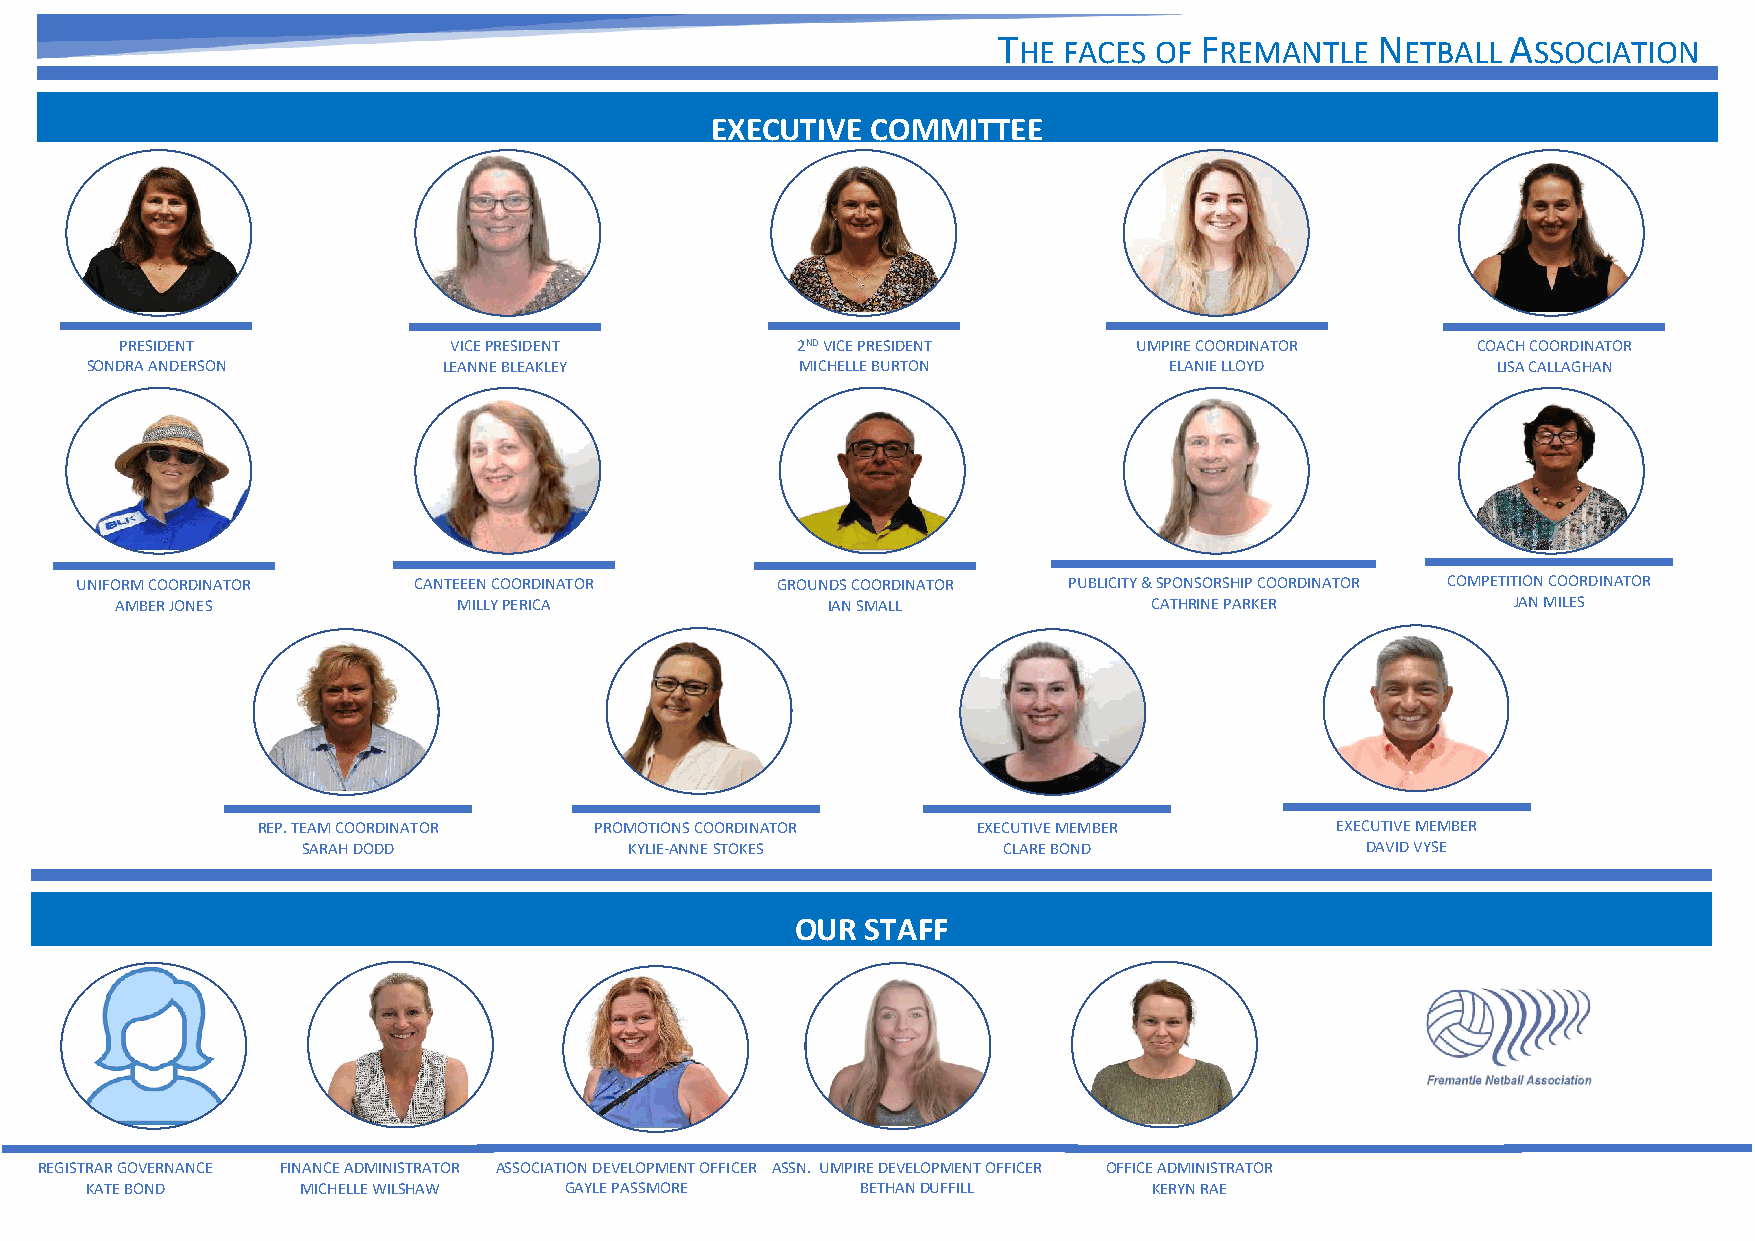
T            F           N        A
 HE FACES OF   REMANTLE    ETBALL  SSOCIATION
 [Cite your source here.]
 EXECUTIVE  COMMITTEE
 PRESIDENT             VICE PRESIDENT         2ND VICE PRESIDENT    UMPIRE COORDINATOR     COACH COORDINATOR
 SONDRA ANDERSON        LEANNE BLEAKLEY         MICHELLE BURTON         ELANIE LLOYD          LISA CALLAGHAN
 UNIFORM COORDINATOR   CANTEEEN COORDINATOR    GROUNDS COORDINATOR PUBLICITY & SPONSORSHIP COORDINATOR COMPETITION COORDINATOR
 AMBER JONES           MILLY PERICA             IAN SMALL            CATHRINE PARKER         JAN MILES
 REP. TEAM COORDINATOR PROMOTIONS COORDINATOR    EXECUTIVE MEMBER       EXECUTIVE MEMBER
 SARAH DODD            KYLIE-ANNE STOKES       CLARE BOND              DAVID VYSE
 OUR STAFF
 REGISTRAR GOVERNANCE FINANCE ADMINISTRATOR ASSOCIATION DEVELOPMENT OFFICER ASSN. UMPIRE DEVELOPMENT OFFICER OFFICE ADMINISTRATOR
 KATE BOND     MICHELLE WILSHAW GAYLE PASSMORE      BETHAN DUFFILL     KERYN RAE